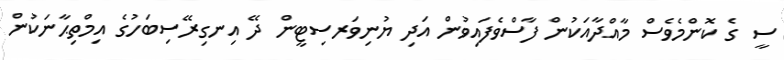
ސީ ގެ ކޮންމެވެސް މާއްދާއަކުން ފާސްވެފައިވުން އަދި ޔުނިވަރސިޓީން ދޭ އިނގިރޭސިބަހުގެ އިމްތިޙާނަކުން